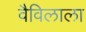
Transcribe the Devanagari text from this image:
वैविलाला